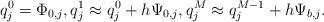
LaTeX: \begin{align*}q_{j}^{0}=\Phi _{0,j},q_{j}^{1}\approx q_{j}^{0}+h\Psi _{0,j},q_{j}^{M}\approx q_{j}^{M-1}+h\Psi _{b,j}. \end{align*}